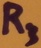
Text: R3